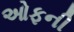
ઓફની